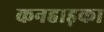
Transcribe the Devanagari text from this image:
कनहाड़का